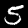
Digit: 5